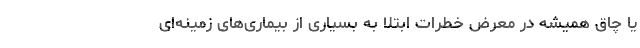
یا چاق همیشه در معرض خطرات ابتلا به بسیاری از بیماری‌های زمینه‌ای